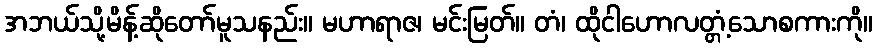
အဘယ်သို့မိန့်ဆိုတော်မူသနည်း။ မဟာရာဇ၊ မင်းမြတ်။ တံ၊ ထိုငါဟောလတ္တံ့သောစကားကို။